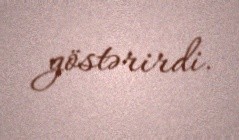
göstərirdi.